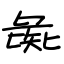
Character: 彘